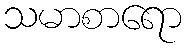
သမာစာရော